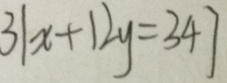
3 1 x + 1 2 y = 3 4 7